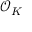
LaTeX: { \mathcal { O } } _ { K }